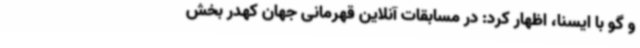
و گو با ایسنا، اظهار کرد: در مسابقات آنلاین قهرمانی جهان کهدر بخش